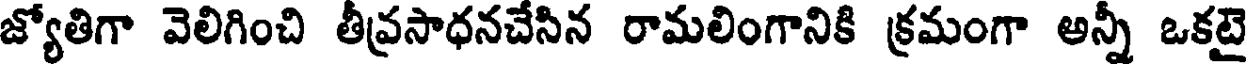
జ్యోతిగా వెలిగించి తీవ్రసాధనచేసిన రామలింగానికి క్రమంగా అన్నీ ఒకటై